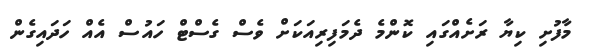
މާފުށި ކިޔާ ރަށެއްގައި ކޮންމެ ދެމަފިރިއަކަށް ވެސް ގެސްޓް ހައުސް އެއް ހަދައިގެން